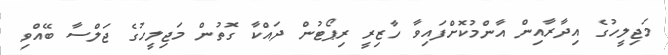
މަޖިލީހުގެ އިދާރާއިން އާންމުކޮށްފައިވާ ހާޒިރީ ރިޕޯޓުން ދައްކާ ގޮތުން މަޖިލީހުގެ ޖަލްސާ ބޭއްވި